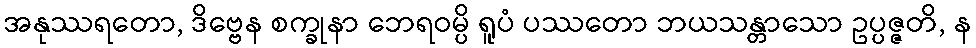
အနုဿရတော, ဒိဗ္ဗေန စက္ခုနာ ဘေရဝမ္ပိ ရူပံ ပဿတော ဘယသန္တာသော ဥပ္ပဇ္ဇတိ, န